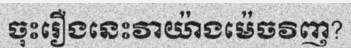
ចុះរឿងនេះវាយ៉ាងម៉េចវិញ?